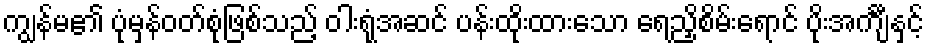
ကျွန်မ၏ ပုံမှန်ဝတ်စုံဖြစ်သည့် ဝါးရုံအဆင် ပန်းထိုးထားသော ရေညှိစိမ်းရောင် ပိုးအင်္ကျီနှင့်